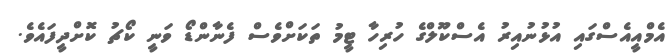
އެމްއީއެސްގައި އުޅުނުއިރު އެސްކޫލްގެ ހުރިހާ ޓީމު ތަކަށްވެސް ފެނާންޑޯ ވަނީ ކޯޗު ކޮށްދީފައެވެ.